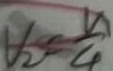
V _ { 2 } = \frac { v } { 4 }